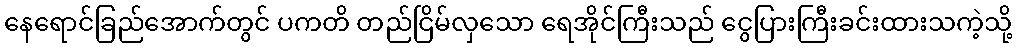
နေရောင်ခြည်အောက်တွင် ပကတိ တည်ငြိမ်လှသော ရေအိုင်ကြီးသည် ငွေပြားကြီးခင်းထားသကဲ့သို့